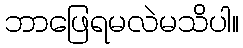
ဘာဖြေရမလဲမသိပါ။